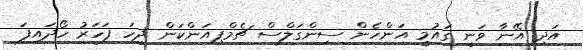
އަދި އޭނާ ވަނީ ގައުމީ އަންހެން ސިންގަލްސް ޗެމްޕިއަންކަން ދިހަ ފަހަރު ހޯދައިފަ